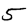
Digit: 5